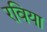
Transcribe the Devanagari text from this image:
रविया